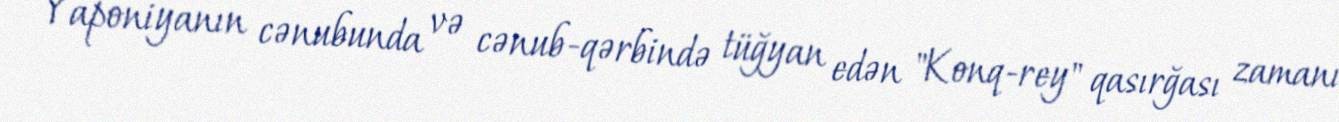
Yaponiyanın cənubunda və cənub-qərbində tüğyan edən "Konq-rey" qasırğası zamanı